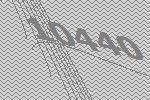
10440